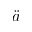
\ddot { a }